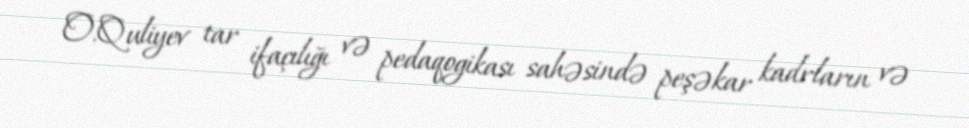
O.Quliyev tar ifaçılığı və pedaqogikası sahəsində peşəkar kadrların və